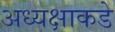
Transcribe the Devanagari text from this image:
अध्यक्षाकडे